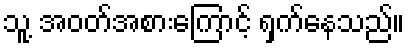
သူ့ အဝတ်အစားကြောင့် ရှက်နေသည်။